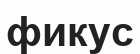
фикус